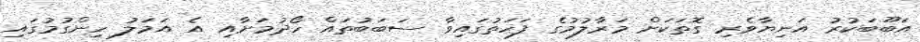
އަބޫބަކުރު އަނިޔާވެރި ގޮތަކަށް މަރާލުމުގެ ފަހަތުގައިވާ ސަބަބުތައް ހޯދުމަށާއި އެ އަމަލު ހިންގުމުގައި